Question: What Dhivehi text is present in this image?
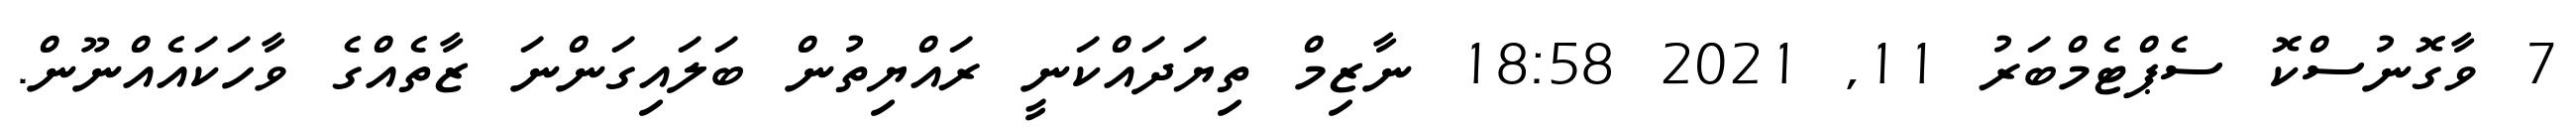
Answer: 7 ވާގޮނުސްކޮ ސެޕްޓެމްބަރު 11, 2021 18:58 ނާޒިމް ތިޔަދައްކަނީ ރައްޔިތުން ބަލައިގަންނަ ޒާތެއްގެ ވާހަކައެއްނޫން.